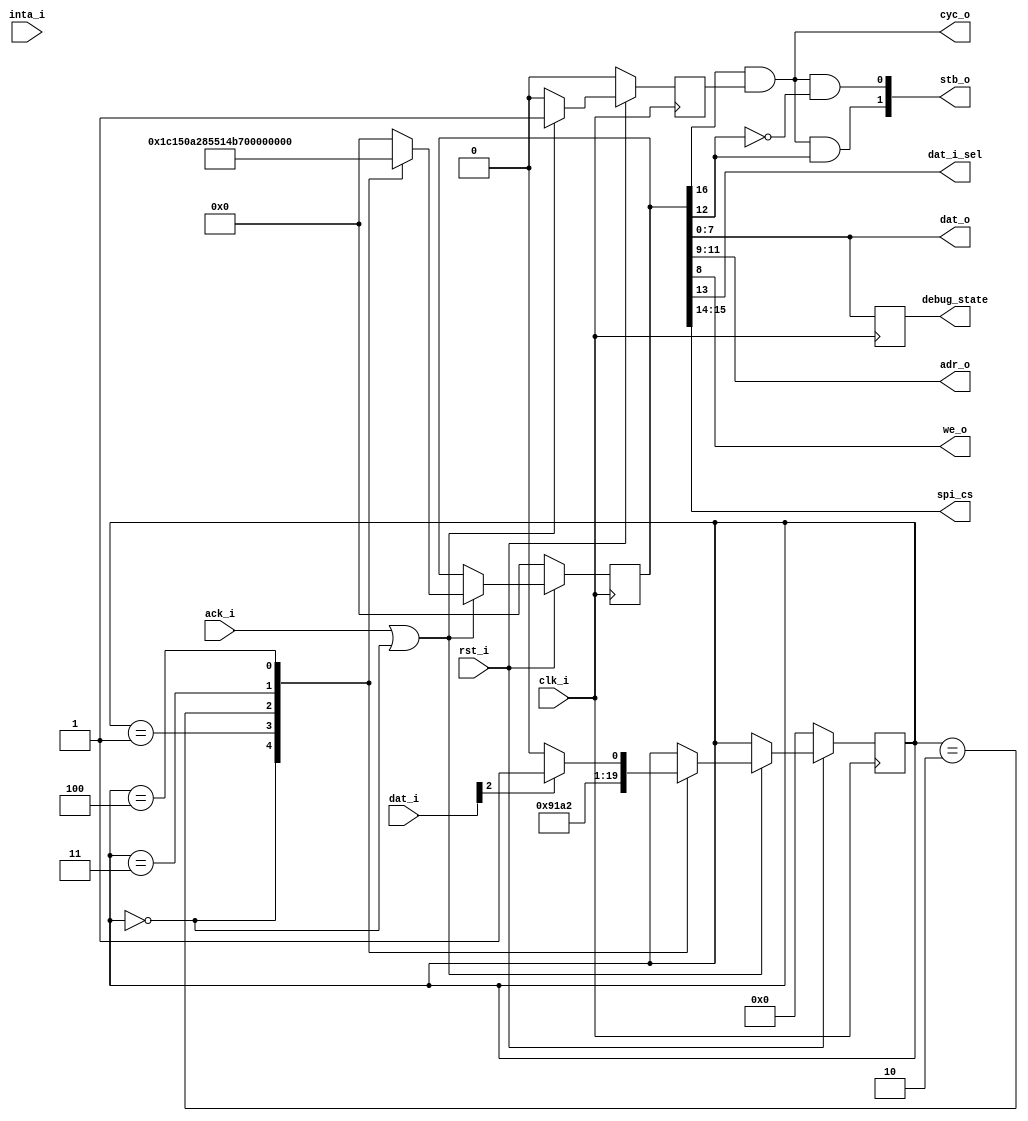
module rfid_state_controller (
    // WISHBONE
    input  wire       clk_i,      // Wishbone clock input
    input  wire       rst_i,      // Wishbone active-low synchronous reset input
    output wire       cyc_o,      // Wishbone cycle indicator output
    output wire [1:0] stb_o,      // Wishbone strobe (chip select) output
    output wire [2:0] adr_o,      // Wishbone address (register) output
    output wire       we_o,       // Wishbone write-enable output
    output wire [7:0] dat_o,      // Wishbone data output
    input  wire [7:0] dat_i,      // Wishbone data input
    input  wire       ack_i,      // Wishbone acknowledgement input
    input  wire       inta_i,     // Wishbone interrupt input (ignored)
    output wire       dat_i_sel,  // Select signal for Wishbone data and ack inputs
    // SPI
    output wire [1:0] spi_cs,     // Chip select signal for SPI devices
    output reg  [7:0] debug_state // Debugging data to be passed upwards
);

    // COMMAND FORMAT
    // VALID | [15:14] SPI_CS | [13] DAT_I_SEL | [12] STRB_TRGT | [11:9] ADDRESS | [8] WRITE_EN | [7:0] DATA
    // 1       2                1                1                3                1              8
    reg [16:0] command; // Encoded current "instruction" being sent to the bus
    reg [3:0] state; // Equivalent to a program counter
    reg cycle;

    assign cyc_o = command[16] & cycle;
    assign spi_cs = command[15:14];
    assign dat_i_sel = command[13];
    assign stb_o = {cyc_o & command[12], cyc_o & ~command[12]};
    assign adr_o = command [11:9];
    assign we_o = command [8];
    assign dat_o = command[7:0];

    // Clocked area
    always @ (posedge clk_i) begin
        // This is just a way to reflect some sort of debugging-useful data back up the stack
        debug_state <= command[7:0];

        // Synchronous reset
        if (rst_i == 1'b0) begin
            state <= 4'h0;
            command <= 17'h00000;
            cycle <= 1'b0;
        end
        // Normal operation of state machine
        else begin
            // Only change states in response to initial conditions or acknowledge signal
            if (ack_i == 1'b1 || state == 8'h00) begin
                // Indicate that the next cycle has started
                cycle <= 1'b1;

                // Determine the command
                case (state)                       // VALID SPI_CS DAT_I_SEL STRB_TRGT ADDRESS WRITE_EN DATA      | NOTES
                    4'h0:    command <= 17'h1C150; // 1     11     0         0         000     1        0101 0000 | WB-W SPI Master SPCR Communication Configuration
                    4'h1:    command <= 17'h1450A; // 1     01     0         0         010     1        0000 1010 | WB-W SPI Master SPDR ADXL362 Write Command
                    4'h2:    command <= 17'h1452D; // 1     01     0         0         010     1        0010 1101 | WB-W SPI Master SPDR ADXL362 Config Register Address
                    4'h3:    command <= 17'h14502; // 1     01     0         0         010     1        0000 0010 | WB-W SPI Master SPDR ADXL362 Begin Measurement
                    4'h4:    command <= 17'h14200; // 1     01     0         0         001     0        0000 0000 | WB-R SPI Master SPSR
                    default: command <= 17'h00000;
                endcase
                // Determine next state
                case (state)
                    4'h0:    state <= 4'h1;
                    4'h1:    state <= 4'h2;
                    4'h2:    state <= 4'h3;
                    4'h3:    state <= 4'h4;
                    4'h4:    state <= (dat_i[2] == 1'b1) ? 4'h5 : 4'h4; // Only advance when SPI write queue is empty
                    default: state <= state;
                endcase
            end
            // Without acknowledgement, end the cycle and hold the current states
            else begin
                cycle <= 1'b0;
                state <= state;
                command <= command;
            end
        end
    end


endmodule